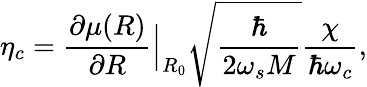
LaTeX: \eta_{c}=\frac{\partial\mu(R)}{\partial R}\Bigr|_{R_{0}}\sqrt{\frac{\hbar}{2\omega_{s}M}}\frac{\chi}{\hbar\omega_{c}},